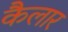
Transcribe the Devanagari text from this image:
कैलार